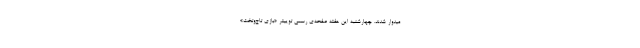
میدوار شدند. چهارشنبه این هفته صفحه‌ی رسمی توییتر «بازی تاج‌وتخت»